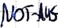
Text: NOT-AUS